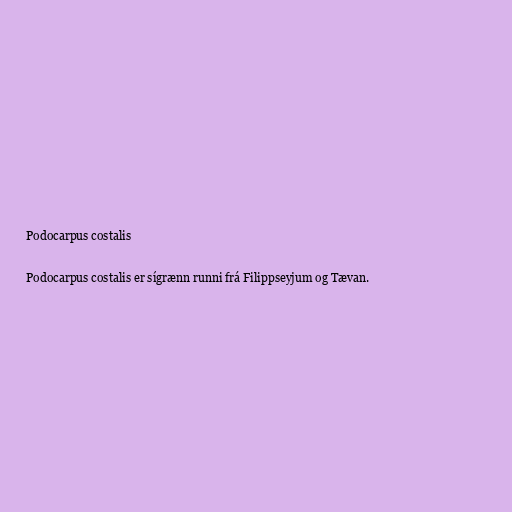
Podocarpus costalis

Podocarpus costalis er sígrænn runni frá Filippseyjum og Tævan.